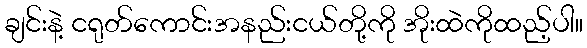
ချင်းနဲ့ ငရုတ်ကောင်းအနည်းငယ်တို့ကို အိုးထဲကိုထည့်ပါ။